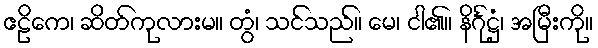
ဧဠိကေ၊ ဆိတ်ကုလားမ။ တွံ၊ သင်သည်။ မေ၊ ငါ၏။ နိင်္ဂုဋ္ဌံ၊ အမြီးကို။